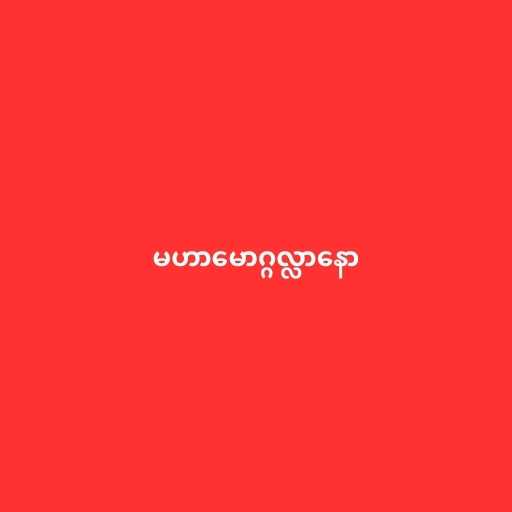
မဟာမောဂ္ဂလ္လာနော